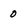
Character: 0